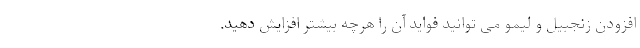
افزودن زنجبیل و لیمو می توانید فواید آن را هرچه بیشتر افزایش دهید.